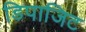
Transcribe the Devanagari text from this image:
डिपाजिट